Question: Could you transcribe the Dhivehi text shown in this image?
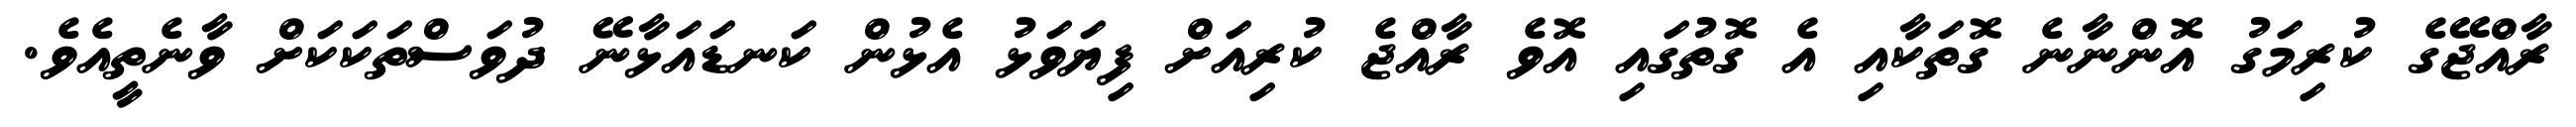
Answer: ރާއްޖޭގެ ކުރިމަގު އޮންނާނެ ގޮތަކާއި އެ ގޮތުގައި އޮވެ ރާއްޖެ ކުރިއަށް ފިޔަވަޅު އެޅުން ކަނޑައަޅާނޭ ދުވަސްތަކަކަށް ވާނެތީއެވެ.